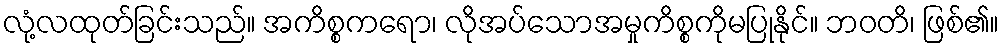
လုံ့လထုတ်ခြင်းသည်။ အကိစ္စကရော၊ လိုအပ်သောအမှုကိစ္စကိုမပြုနိုင်။ ဘဝတိ၊ ဖြစ်၏။